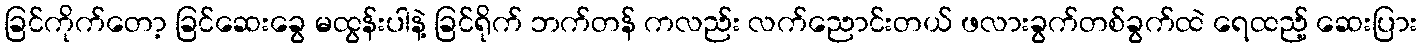
ခြင်ကိုက်တော့ ခြင်ဆေးခွေ မထွန်းပါနဲ့ ခြင်ရိုက် ဘက်တန် ကလည်း လက်ညောင်းတယ် ဖလားခွက်တစ်ခွက်ထဲ ရေထည့် ဆေးပြား